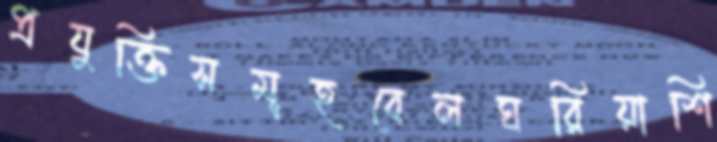
প্রযুক্তিসমূহবেলঘরিয়াশি